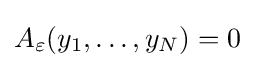
A_{\varepsilon }(y_{1},\ldots ,y_{N})=0